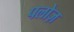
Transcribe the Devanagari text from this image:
पलोज़